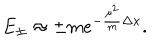
E _ { \pm } \approx \pm m e ^ { - \frac { \mu ^ { 2 } } { m } \Delta x } .